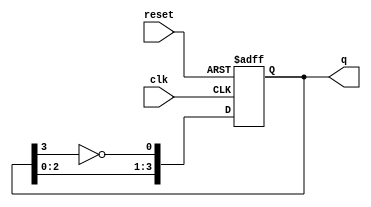
module johnson_counter (
    input wire clk,       // Clock input
    input wire reset,     // Asynchronous reset
    output reg [3:0] q    // 4-bit output
);

    // On reset, initialize the counter to 0000
    always @(posedge clk or posedge reset) begin
        if (reset) begin
            q <= 4'b0000;  // Reset state
        end else begin
            q <= {q[2:0], ~q[3]}; // Shift and feedback inverted last bit
        end
    end

endmodule